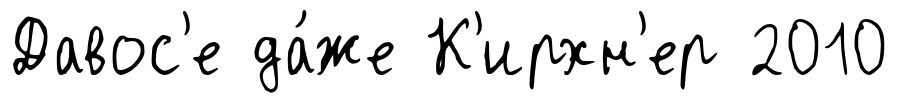
Давос'е да́же К'ирхн'ер 2010